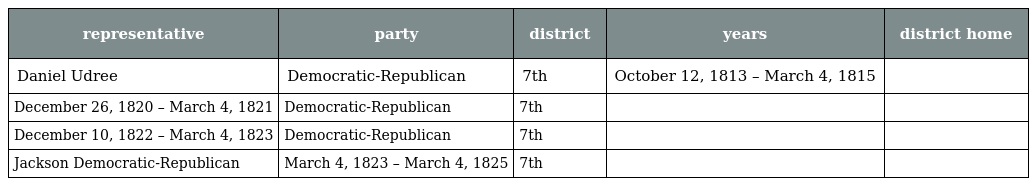
| representative | party | district | years | district home |
 | --- | --- | --- | --- | --- |
 | Daniel Udree | Democratic-Republican | 7th | October 12, 1813 – March 4, 1815 |  |
 | December 26, 1820 – March 4, 1821 | Democratic-Republican | 7th |  |  |
 | December 10, 1822 – March 4, 1823 | Democratic-Republican | 7th |  |  |
 | Jackson Democratic-Republican | March 4, 1823 – March 4, 1825 | 7th |  |  |